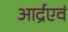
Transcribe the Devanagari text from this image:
आर्द्रएवं